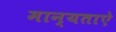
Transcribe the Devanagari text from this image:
मान्यताऐ